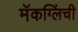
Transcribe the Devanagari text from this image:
मॅकग्लिंची